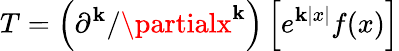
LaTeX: T=\left({\partial}^{\mathbf{k}}/\partialx^{\mathbf{k}}\right)\left[e^{\mathbf{k}|x|}f(x)\right]